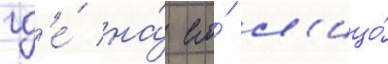
гд'е́ на́ его́ л'ицо́